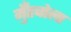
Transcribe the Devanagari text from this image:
मुँहबोला